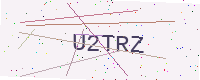
Text: U2TRZ